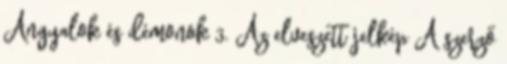
Angyalok és démonok 3. Az elveszett jelkép A szerző